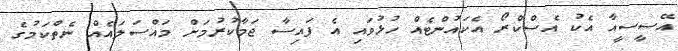
އޭސީސީއާ އެކު އެސްކްރޯ އެކައުންޓެއް ހުޅުވައި އެ ފައިސާ ޖަމާކުރުމަށް މައްސަލައެއް ނެތްކަމުގެ